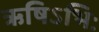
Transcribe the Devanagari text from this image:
ऋषिऽभिः